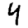
Digit: 4